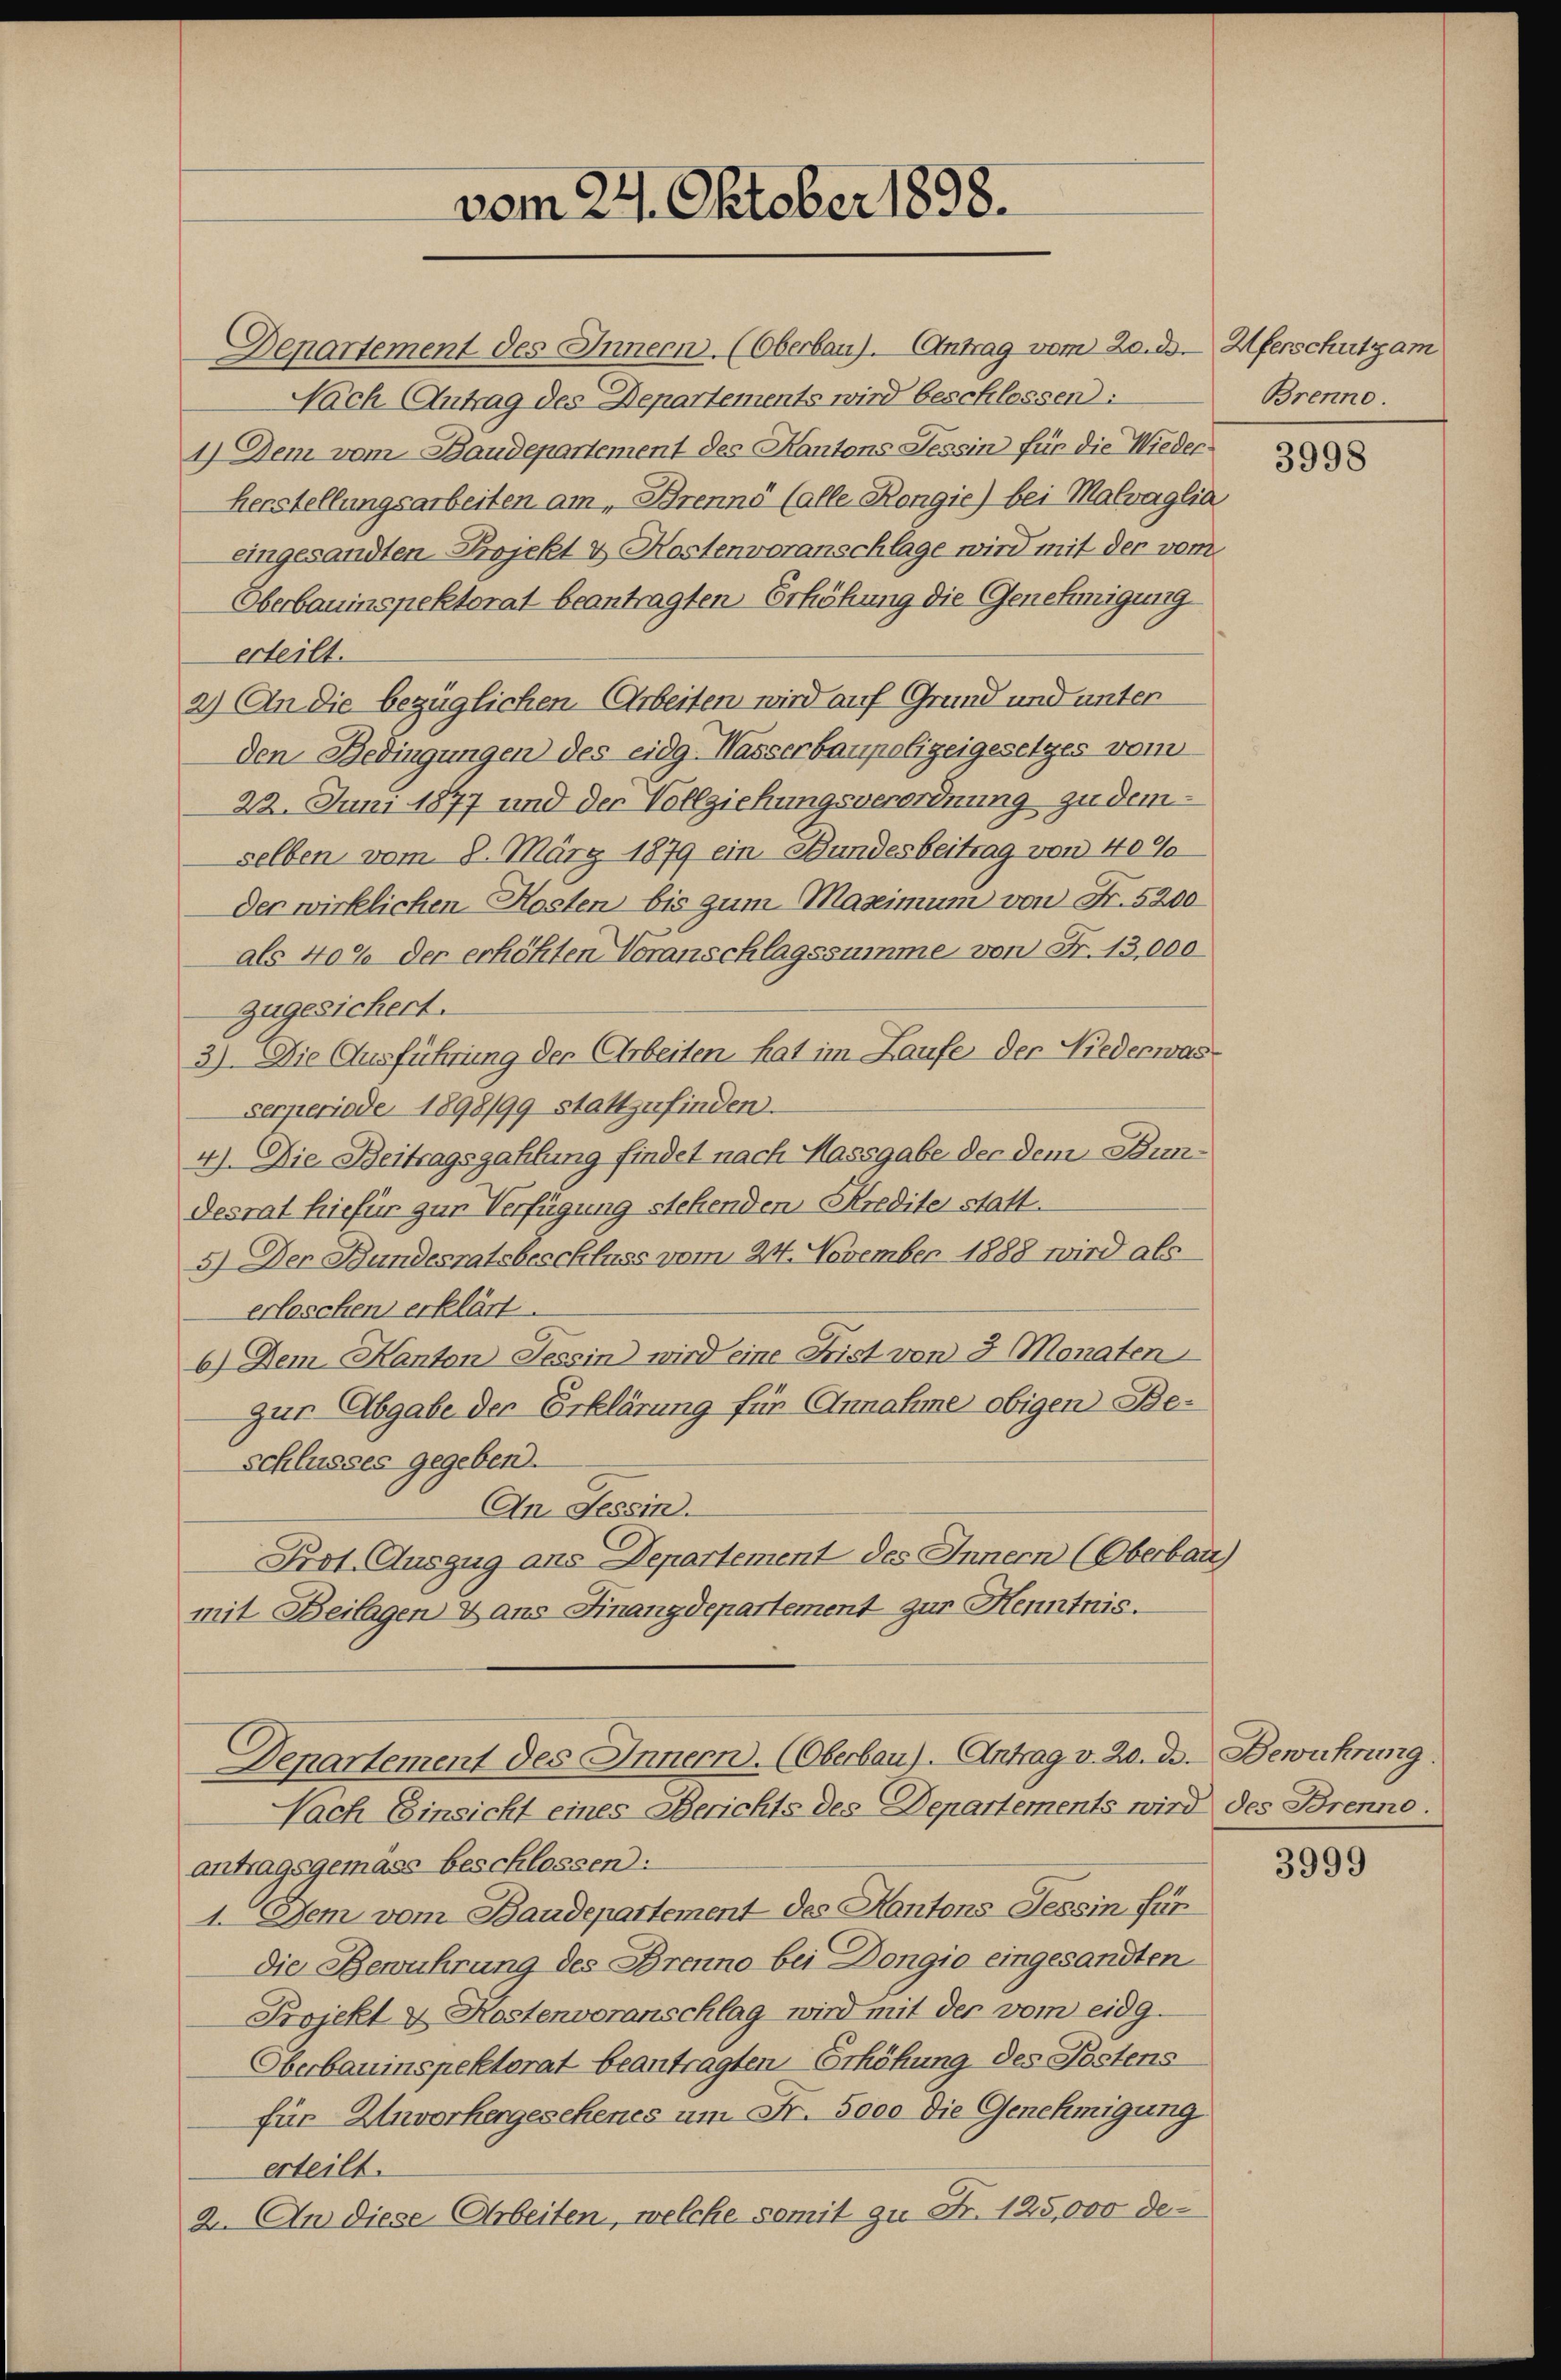
vom 24. Oktober 1898.

1) Dem vom Baudepartement des Kantons Tessin für die Wieder¬
Herstellungsarbeiten am „Brenne (alle Kongie) bei Malvaglia
eingesandten Projekt & Kostenvoranschlage wird mit der vom
Oberbauinspektorat beantragten Erhöhung die Genehmigung
erteilt.
2) An die bezüglichen Arbeiten wird auf Grund und unterden Bedingungen des eidg. Wasserbaupolizeigesetzes vom
22. Juni 1877 und der Vollziehungsverordnung zu dem
selben vom 8. März 1879 ein Bundesbeitrag von 40%
der wirklichen Kosten bis zum Maximum von Fr. 5200
als 40% der erhöhten Voranschlagssumme von Fr. 13,000
zugesichert.
3). Die Ausführung der Arbeiten hat im Laufe der Niederwas¬
Serperiode 1898/99 stattzufinden.
4) Die Beitragszahlung findet nach Massgabe der dem Bundesrat hiefür zur Verfügung stehenden Kredite statt.
5) Der Bundesratsbeschluss vom 24. November 1888 wird als
erlaschen erklärt.
6) Dem Kanton Tessin wird eine Frist von 3 Monaten
zur Abgabe der Erklärung für Annahme obigen Beschlusses gegeben.
An Tessin.
Prot. Auszug ans Departement des Innern (Oberbau
mit Beilagen & aus Finanzdepartement zur Henntnis.

Denartement des Innern. (Oberbau). (Antrag vom 20. ds. Uferschutz am
Nach Antrag des Departements wird beschlossend:

Nach Einsicht eines Berichts des Departements wird des Brenno.
antragsgemäss beschlossen:
1. Dem vom Baudepartement des Kantons Tessin für
die Bewuhrung des Brenno bei Dongio eingesandten
Projekt u. Kostenvoranschlag wird mit der vom eidg.
Oberbauinspektorat beantragten Erhöhung des Postens
für Zuvorhergesehenes um Fr. 5000 die Genehmigung
erteilt.
2. An diese Arbeiten, welche somit zu Fr. 125,000 de¬

Denartement des Innern. (Oberbau). Antrag v. 20. de. Bewuhrung.

Brenne.

3998

3999